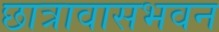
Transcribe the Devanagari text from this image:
छात्रावासभवन